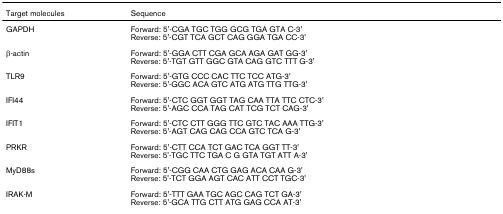
<table><thead><tr><td><b>Target molecules</b></td><td><b>Sequence</b></td></tr></thead><tbody><tr><td>GAPDH</td><td>Forward: 5&#x27;-CGA TGC TGG GCG TGA GTA C-3&#x27;Reverse: 5&#x27;-CGT TCA GCT CAG GGA TGA CC-3&#x27;</td></tr><tr><td>β-actin</td><td>Forward: 5&#x27;-GGA CTT CGA GCA AGA GAT GG-3&#x27;Reverse: 5&#x27;-TGT GTT GGC GTA CAG GTC TTT G-3&#x27;</td></tr><tr><td>TLR9</td><td>Forward: 5&#x27;-GTG CCC CAC TTC TCC ATG-3&#x27;Reverse: 5&#x27;-GGC ACA GTC ATG ATG TTG TTG-3&#x27;</td></tr><tr><td>IFI44</td><td>Forward: 5&#x27;-CTC GGT GGT TAG CAA TTA TTC CTC-3&#x27;Reverse: 5&#x27;-AGC CCA TAG CAT TCG TCT CAG-3&#x27;</td></tr><tr><td>IFIT1</td><td>Forward: 5&#x27;-CTC CTT GGG TTC GTC TAC AAA TTG-3&#x27;Reverse: 5&#x27;-AGT CAG CAG CCA GTC TCA G-3&#x27;</td></tr><tr><td>PRKR</td><td>Forward: 5&#x27;-CTT CCA TCT GAC TCA GGT TT-3&#x27;Reverse: 5&#x27;-TGC TTC TGA C G GTA TGT ATT A-3&#x27;</td></tr><tr><td>MyD88s</td><td>Forward: 5&#x27;-CGG CAA CTG GAG ACA CAA G-3&#x27;Reverse: 5&#x27;-TCT GGA AGT CAC ATT CCT TGC-3&#x27;</td></tr><tr><td>IRAK-M</td><td>Forward: 5&#x27;-TTT GAA TGC AGC CAG TCT GA-3&#x27;Reverse: 5&#x27;-GCA TTG CTT ATG GAG CCA AT-3&#x27;</td></tr></tbody></table>